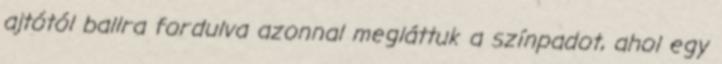
ajtótól ballra fordulva azonnal megláttuk a színpadot, ahol egy